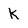
Character: K